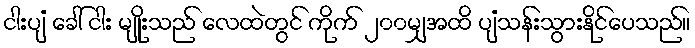
ငါးပျံ ခေါ် ငါး မျိုးသည် လေထဲတွင် ကိုက် ၂၀၀မျှအထိ ပျံသန်းသွားနိုင်ပေသည်။